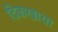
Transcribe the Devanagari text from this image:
दिकखाया